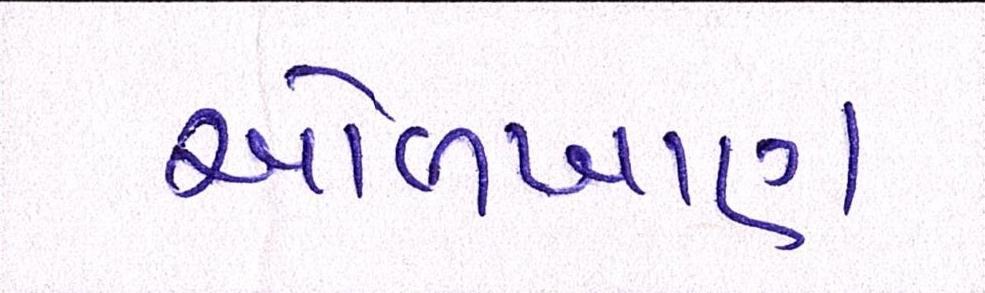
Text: ઓળખાણ